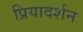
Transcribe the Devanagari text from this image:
प्रियादर्शन